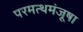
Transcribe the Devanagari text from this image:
परमत्थमंजूषा